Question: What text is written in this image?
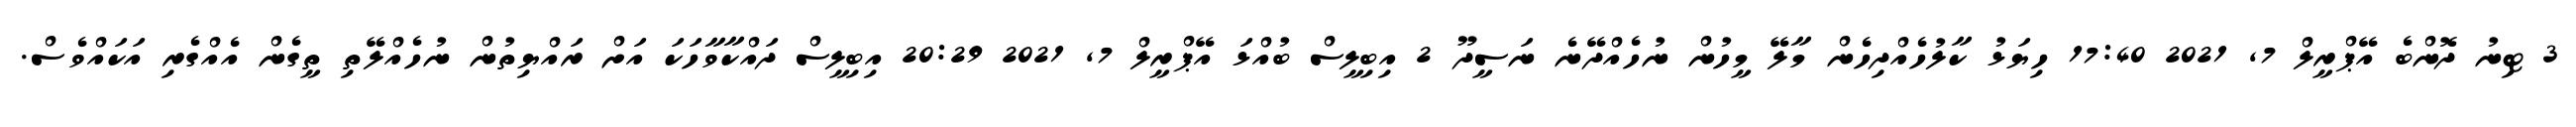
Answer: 3 ޓިނު ދޮންބެ އޭޕްރީލް 7, 2021 17:40 ހިޔަޅު ކާލުހެއްދިހެން މާލޭ މީހުން ނުހެއްދޭނެ ނަސީދޫ 2 އިބިލީސް ބުއްޅަ އޭޕްރީލް 7, 2021 20:29 އިބިލީސް ދައްކާވާހަކަ އަށް ރައްޔިތުން ނުހެއްލޭތި ތީގެން އެއްގެރި އަކައްވެސް.